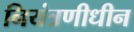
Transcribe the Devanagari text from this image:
नियंत्रणीधीन